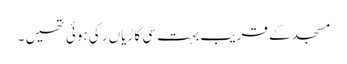
مسجد کے قریب بہت سی گاڑیاں رکی ہوئی تھیں ۔